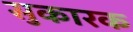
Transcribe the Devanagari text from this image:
सुकारक